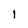
Character: l